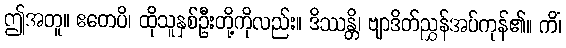
ဤအတူ။ ဧတေပိ၊ ထိုသူနှစ်ဦးတို့ကိုလည်း။ ဒိဿန္တိ၊ ဗျာဒိတ်ညွှန်အပ်ကုန်၏။ ကိံ၊